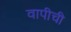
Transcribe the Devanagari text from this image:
वापीची